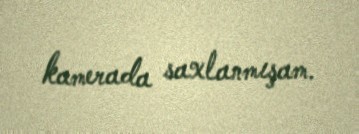
kamerada saxlanmışam.